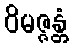
ဝိမဇ္ဇန္တံ